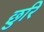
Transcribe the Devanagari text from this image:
छुरि